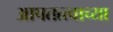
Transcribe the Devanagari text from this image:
आपतत्त्वाच्या